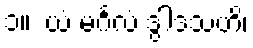
၁။  ယံ မင်္ဂလံ ဒွါဒသဟိ၊